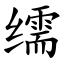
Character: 𦈡